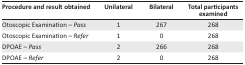
<table><thead><tr><td><b>Procedure and result obtained</b></td><td><b>Unilateral</b></td><td><b>Bilateral</b></td><td><b>Total participants examined</b></td></tr></thead><tbody><tr><td>Otoscopic examination – <i>Pass</i></td><td>1</td><td>267</td><td>268</td></tr><tr><td>Otoscopic examination – <i>Refer</i></td><td>1</td><td>0</td><td>268</td></tr><tr><td>DPOAE – <i>Pass</i></td><td>2</td><td>266</td><td>268</td></tr><tr><td>DPOAE – <i>Refer</i></td><td>2</td><td>0</td><td>268</td></tr></tbody></table>